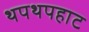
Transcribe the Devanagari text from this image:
थपथपहाट